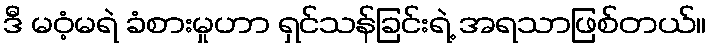
ဒီ မဝံ့မရဲ ခံစားမှုဟာ ရှင်သန်ခြင်းရဲ့ အရသာဖြစ်တယ်။